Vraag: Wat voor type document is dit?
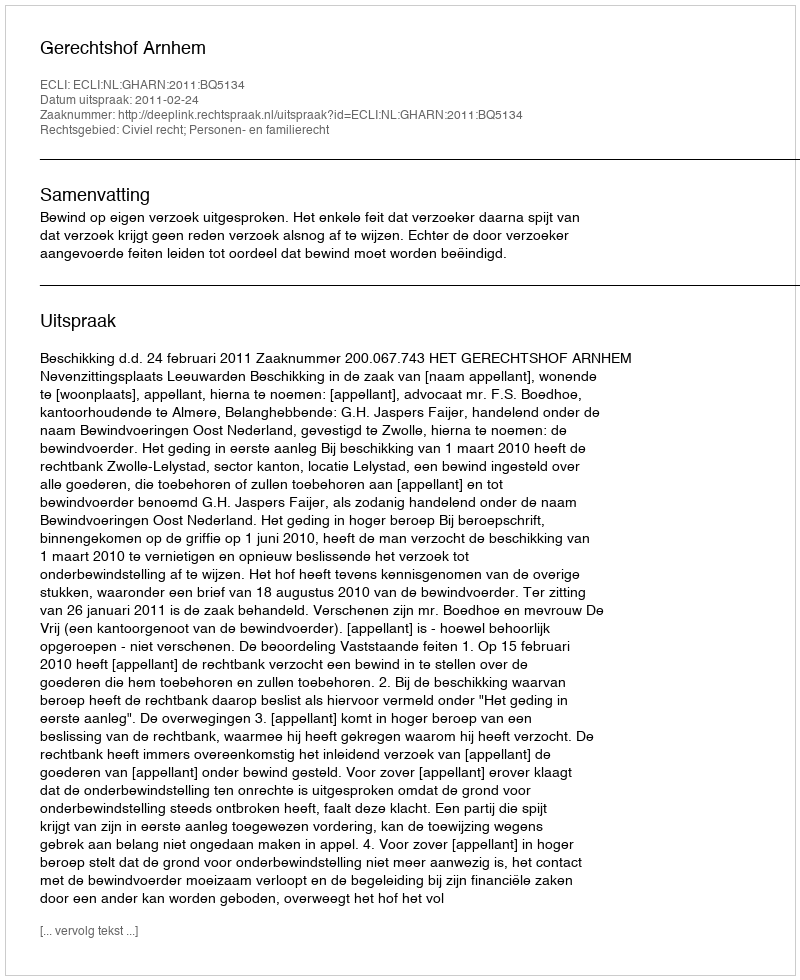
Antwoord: Uitspraak